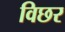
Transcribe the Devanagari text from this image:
विछर